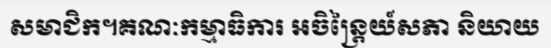
សមាជិក។គណៈកម្មាធិការ អចិន្ត្រៃយ៍សភា និយាយ